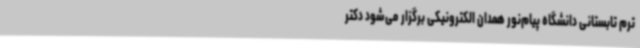
ترم تابستانی دانشگاه پیام‌نور همدان الکترونیکی برگزار می‌شود دکتر